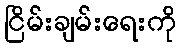
ငြိမ်းချမ်းရေးကို